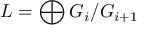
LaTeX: L = \bigoplus G _ { i } / G _ { i + 1 }